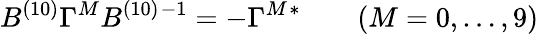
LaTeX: B^{(10)}\Gamma^{M}B^{(10)}{}^{-1}=-\Gamma^{M}{}^{*}\qquad(M=0,\ldots,9)